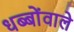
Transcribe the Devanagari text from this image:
धब्बोंवाले